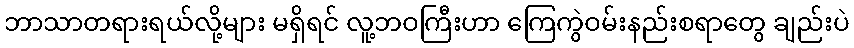
ဘာသာတရားရယ်လို့များ မရှိရင် လူ့ဘဝကြီးဟာ ကြေကွဲဝမ်းနည်းစရာတွေ ချည်းပဲ